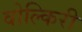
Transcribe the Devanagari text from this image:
वोल्किरी